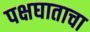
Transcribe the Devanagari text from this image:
पक्षघाताचा